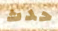
حدث